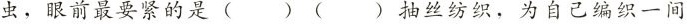
虫，眼前最要紧的是 ( ) ( )抽丝纺织，为自己编织一间